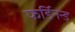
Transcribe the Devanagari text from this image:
फर्डिनन्ड